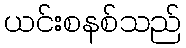
ယင်းစနစ်သည်